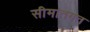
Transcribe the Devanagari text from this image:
सीमांतगत